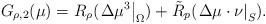
LaTeX: \begin{align*}G_{\rho ,2}(\mu )=R_{\rho }(\left. \Delta \mu ^{3}\right\vert _{\Omega })+\tilde{R}_{p}(\left. \Delta \mu \cdot \nu \right\vert _{S}). \end{align*}